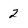
Character: 2